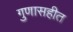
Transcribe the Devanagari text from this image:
गुणासहीत